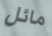
مائل